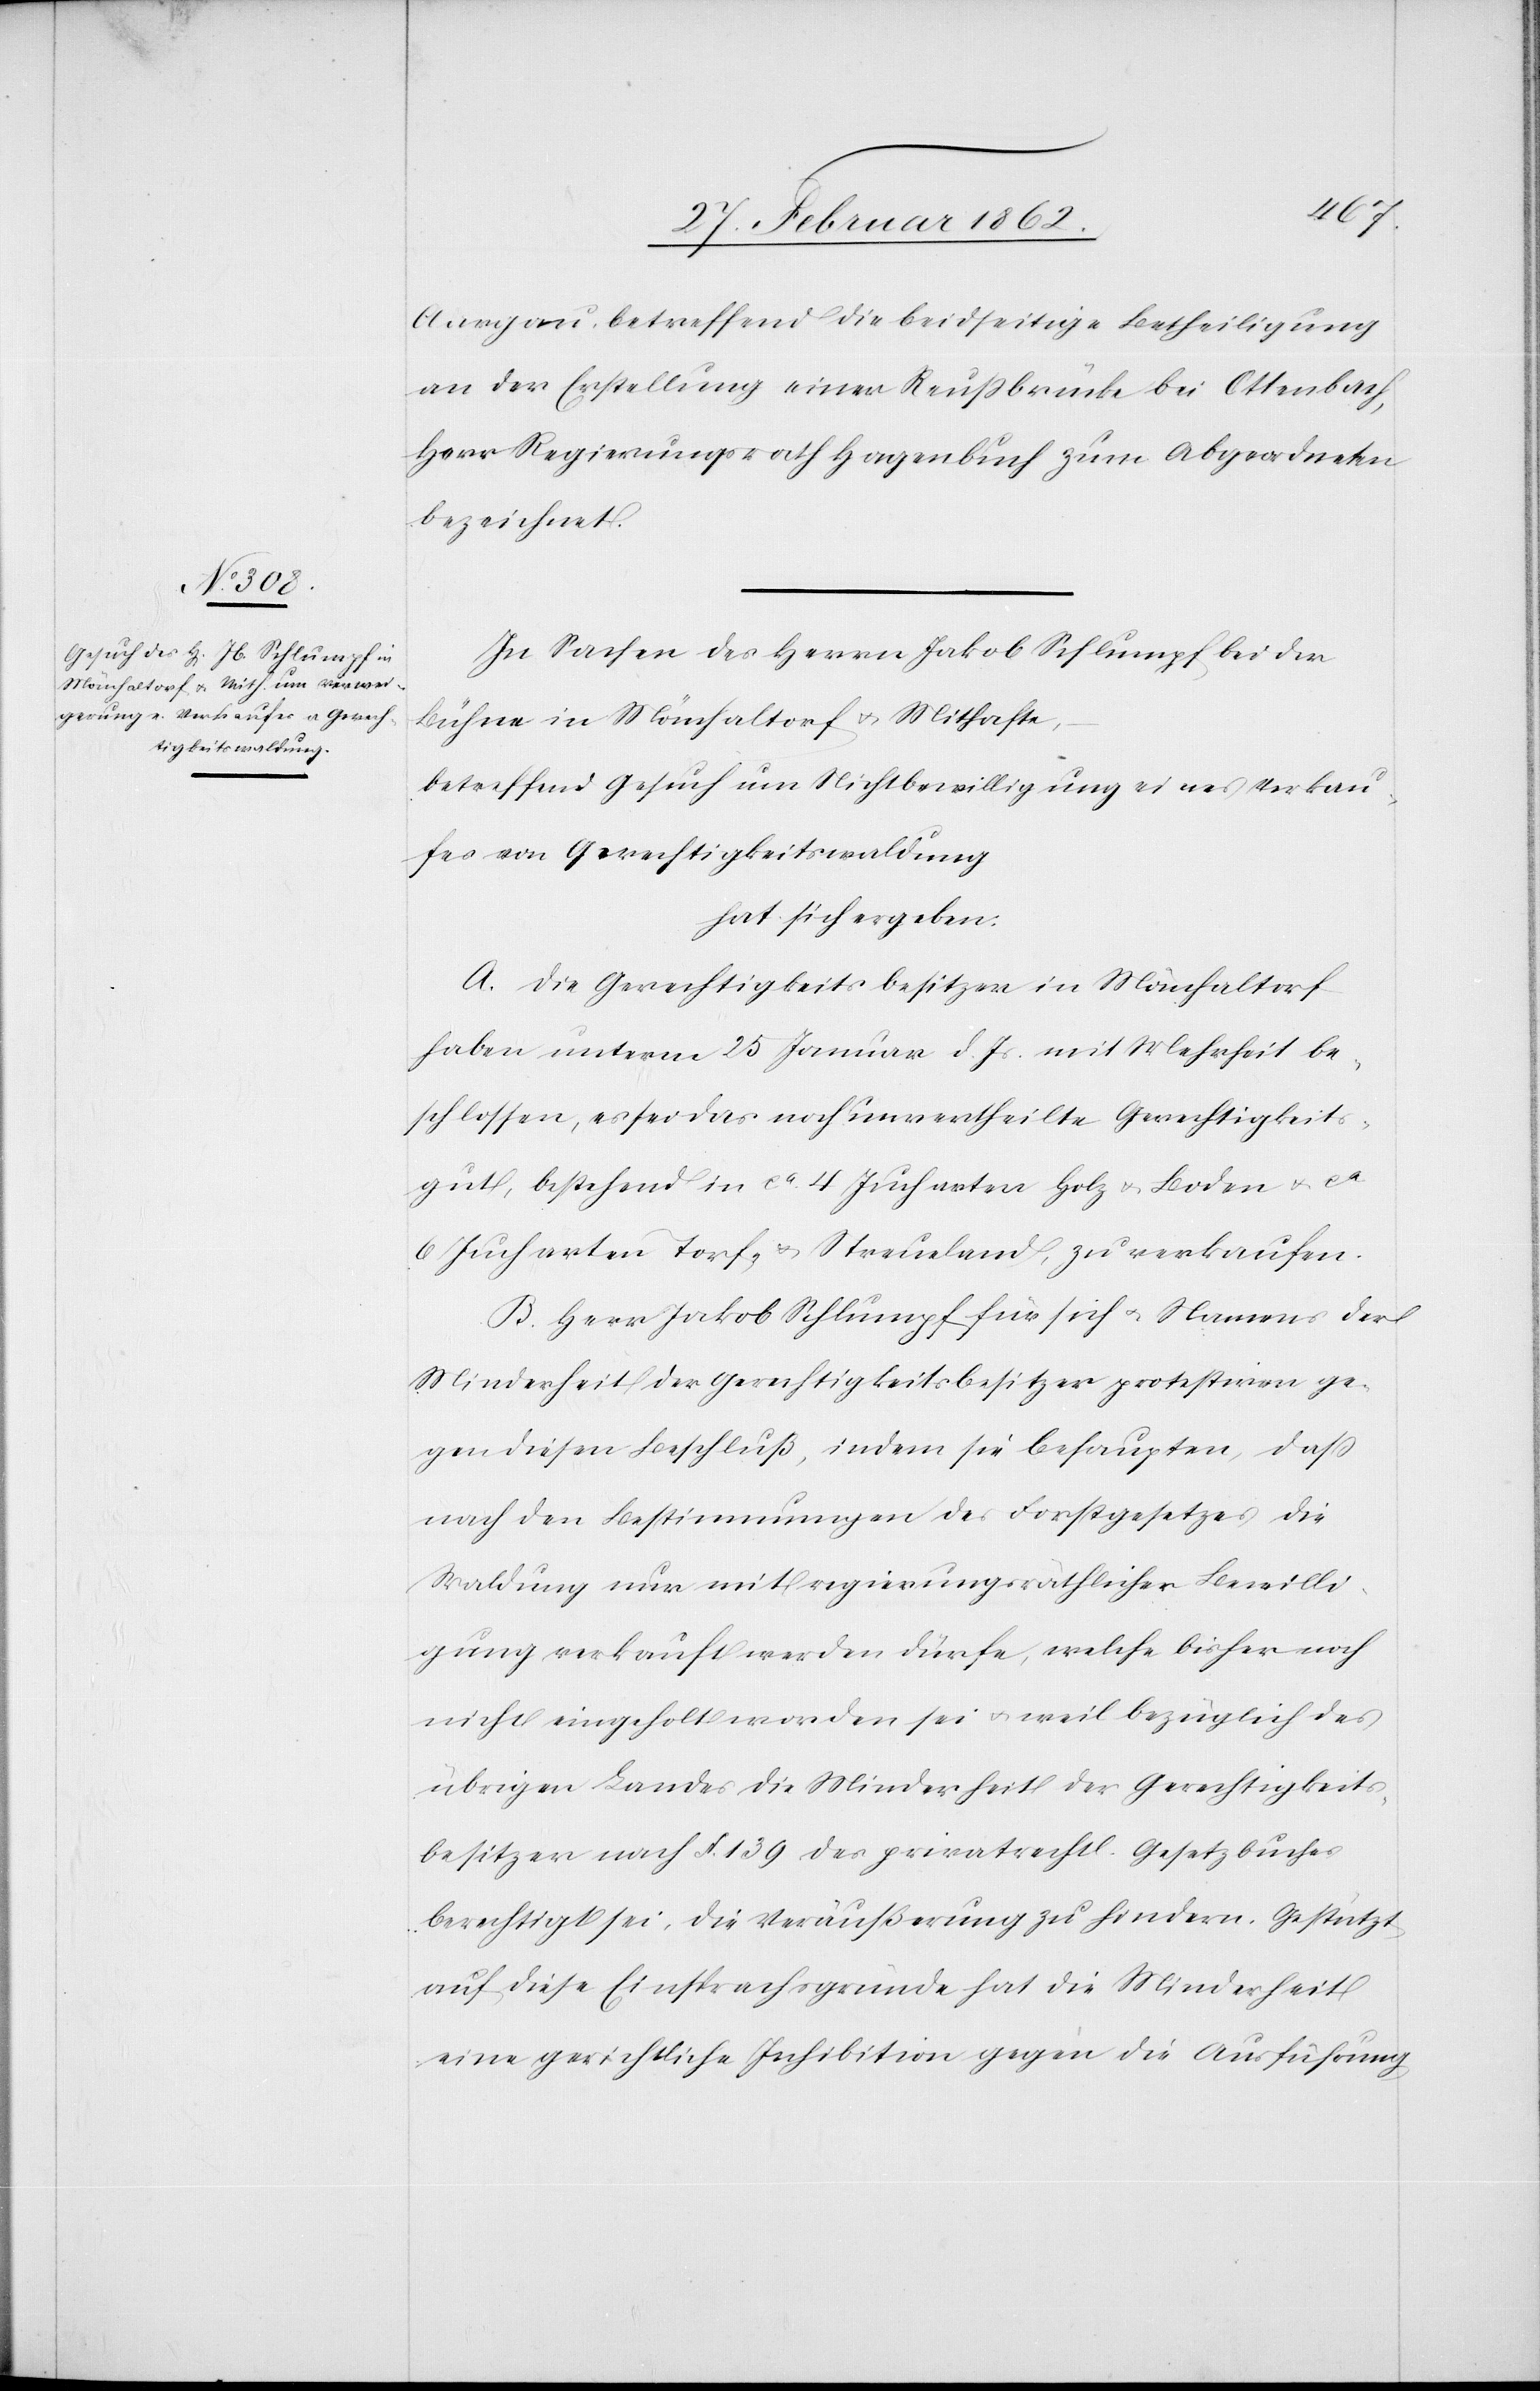
Aargau, betreffend die beidseitige Betheiligung
an der Erstellung einer Reußbrücke bei Ottenbach,
Herr Regierungsrath Hagenbuch zum Abgeordneten
bezeichnet.
In Sachen des Herrn Jakob Schlumpf bei der
Bühne in Mönchaltorf u. Mithafte,
betreffend Gesuch um Nichtbewilligung eines Verkau¬
fes von Gerechtigkeitswaldung
hat sich ergeben:
A. Die Gerechtigkeitsbesitzer in Mönchaltorf
haben unterm 25 Januar d. Js mit Mehrheit be¬
schlossen, es sei das noch unvertheilte Gerechtigkeits¬
gut, bestehend in ca. 4 Jucharten Holz u. Boden u. ca.
6 Jucharten Torf- & Streueland, zu verkaufen.
B. Herr Jakob Schlumpf für sich u. Namens der
Minderheit der Gerechtigkeitsbesitzer protestiren ge¬
gen diesen Beschluß, indem sie behaupten, daß
nach den Bestimmungen des Forstgesetzes die
Waldung nur mit regierungsräthlicher Bewilli¬
gung verkauft werden dürfe, welche bisher noch
nicht eingeholt worden sei u. weil bezüglich des
übrigen Landes die Minderheit der Gerechtigkeits¬
besitzer nach §. 139 des privatrechtl. Gesetzbuches
berechtigt sei, die Veräußerung zu hindern. Gestützt
auf diese Einsprachsgründe hat die Minderheit
eine gerichtliche Inhibition gegen die Ausführung